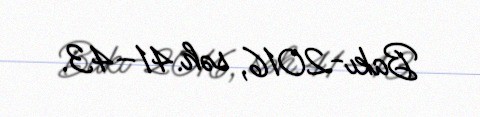
Bakı-2016, səh.41–43.